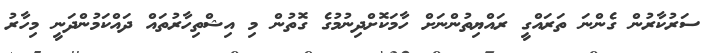
ސަރުކާރުން ގެންނަ ތަރައްގީ ރައްޔިތުންނަށް ހާމަކޮށްދިނުމުގެ ގޮތުން މި އިޝްތިހާރުތައް ދައްކަމުންދަނީ މިހާރު